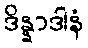
ဒိန္နာဒါနံ